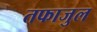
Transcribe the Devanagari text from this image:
तफाजुल